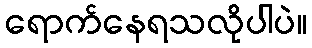
ရောက်နေရသလိုပါပဲ။